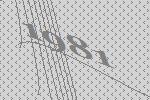
1981